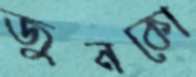
জুনকো